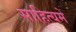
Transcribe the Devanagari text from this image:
साहित्यमे